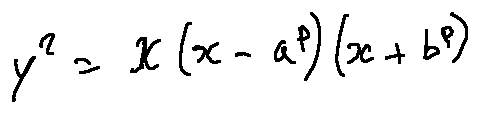
y ^ { 2 } = x ( x - a ^ { p } ) ( x + b ^ { p } )